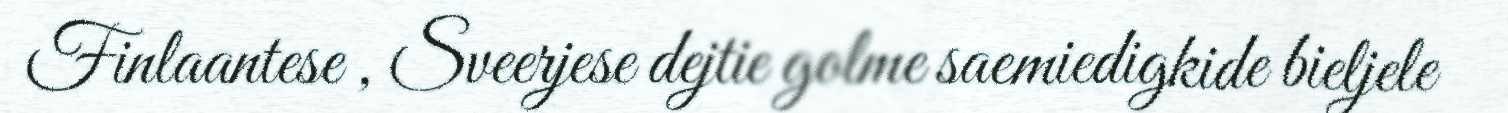
Finlaantese , Sveerjese dejtie golme saemiedigkide bieljele